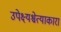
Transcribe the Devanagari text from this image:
उपेक्ष्यश्चेत्याकारा